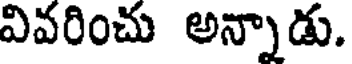
వివరించు అన్నాడు.